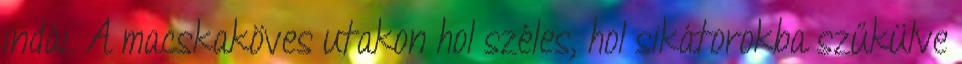
indái. A macskaköves utakon hol széles, hol sikátorokba szűkülve